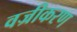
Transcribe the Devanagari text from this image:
वज्रीकरण